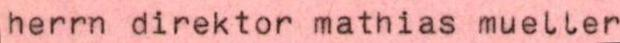
herrn direktor mathias mueller